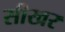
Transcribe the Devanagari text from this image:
सीखर